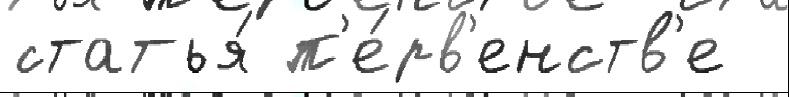
статья́ п'е́рв'енств'е